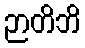
ဉာတိဘိ